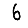
Digit: 6